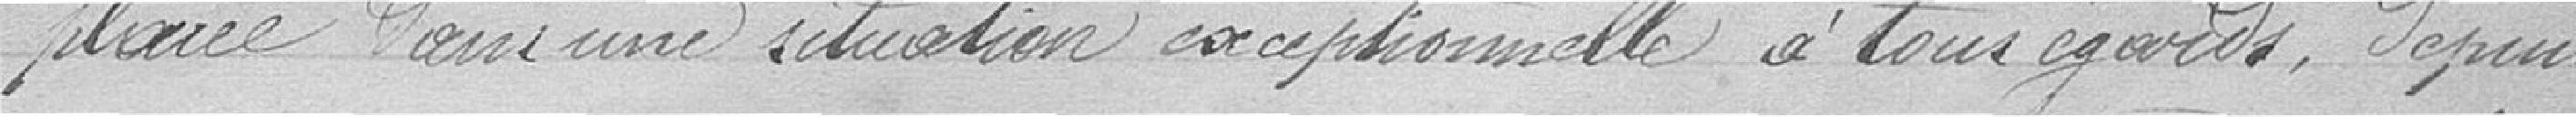
placée dans une situation exceptionnelle à tous égards, depuis